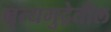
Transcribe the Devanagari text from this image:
नृत्यमुद्रेतील